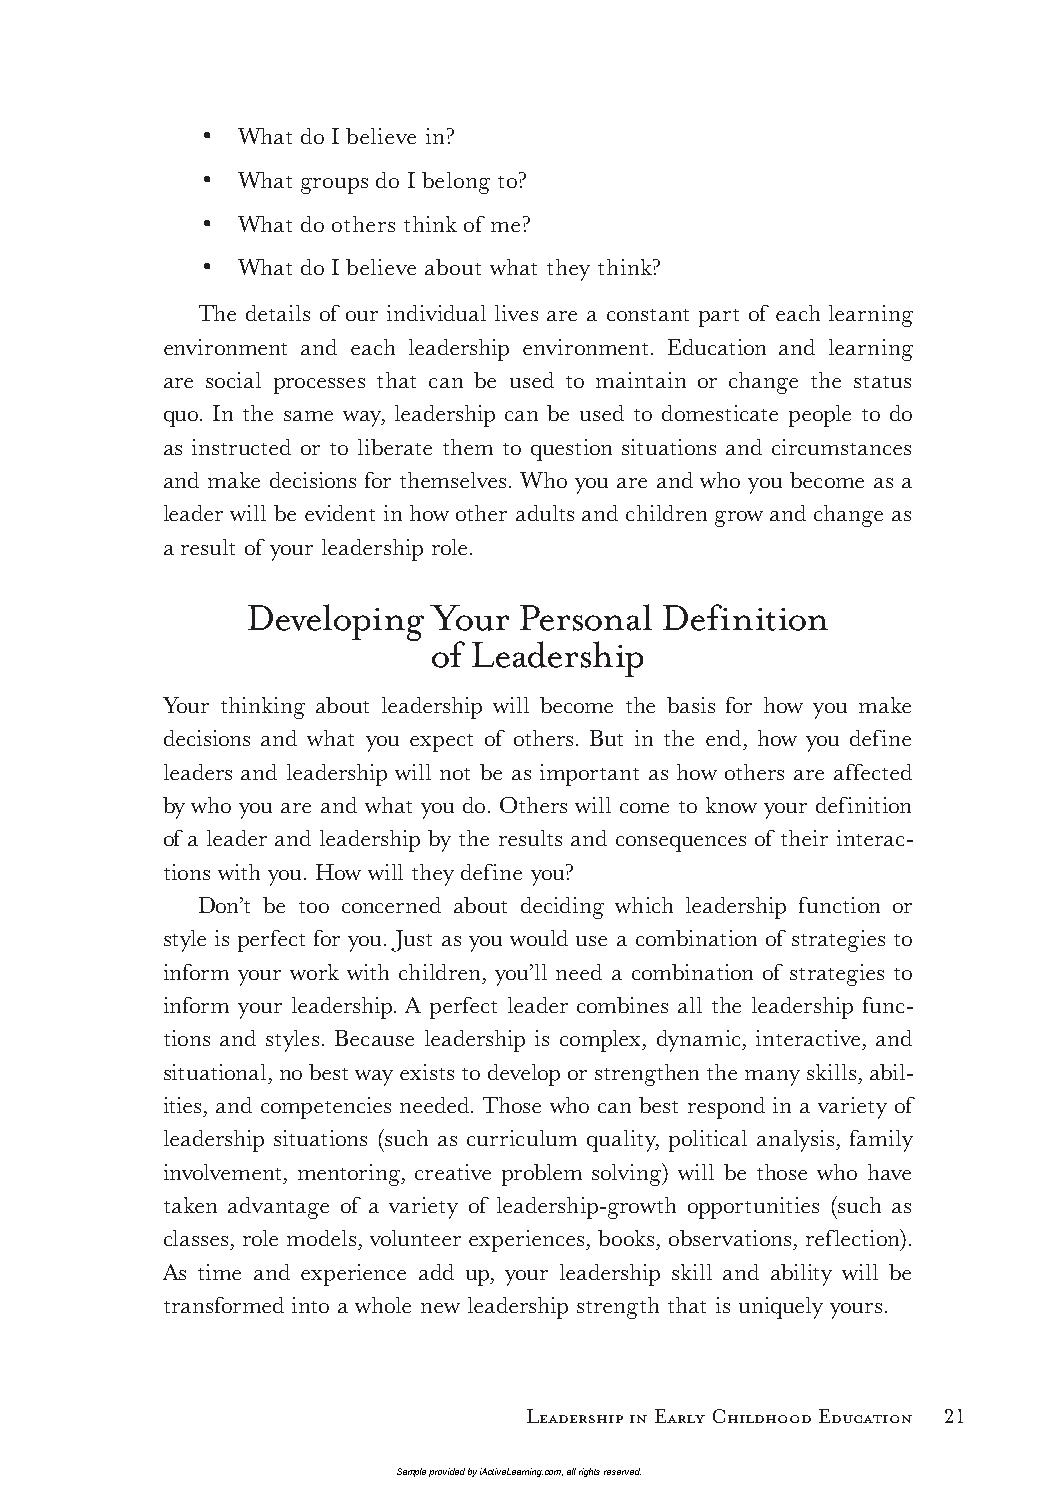
• What do I believe in?
 • What groups do I belong to?
 • What do others think of me?
 • What do I believe about what they think?
 The details of our individual lives are a constant part of each learning
 environment and each leadership environment. Education and learning
 are social processes that can be used to maintain or change the status
 quo. In the same way, leadership can be used to domesticate people to do
 as instructed or to liberate them to question situations and circumstances
 and make decisions for themselves. Who you are and who you become as a
 leader will be evident in how other adults and children grow and change as
 a result of your leadership role.
 Developing  Your  Personal  Definition
 of Leadership
 Your thinking about leadership will become the basis for how you make
 decisions and what you expect of others. But in the end, how you define
 leaders and leadership will not be as important as how others are affected
 by who you are and what you do. Others will come to know your definition
 of a leader and leadership by the results and consequences of their interac-
 tions with you. How will they define you?
 Don’t be too concerned about deciding which leadership function or
 style is perfect for you. Just as you would use a combination of strategies to
 inform your work with children, you’ll need a combination of strategies to
 inform your leadership. A perfect leader combines all the leadership func-
 tions and styles. Because leadership is complex, dynamic, interactive, and
 situational, no best way exists to develop or strengthen the many skills, abil-
 ities, and competencies needed. Those who can best respond in a variety of
 leadership situations (such as curriculum quality, political analysis, family
 involvement, mentoring, creative problem solving) will be those who have
 taken advantage of a variety of leadership-growth opportunities (such as
 classes, role models, volunteer experiences, books, observations, reflection).
 As time and experience add up, your leadership skill and ability will be
 transformed into a whole new leadership strength that is uniquely yours.
 Leadership in Early Childhood Education 21
 Sample provided by iActiveLearning.com, all rights reserved.
 LTL2_FINALpp.indd 21                                        11/4/09 3:21:09 PM